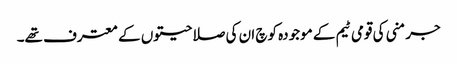
جرمنی کی قومی ٹیم کے موجودہ کوچ ان کی صلاحیتوں کے معترف تھے۔